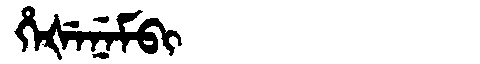
Manchu: ᡥᡝᡧᡝᠨᡝᠮᠪᡳ
Romanization: HEŠENEMBI